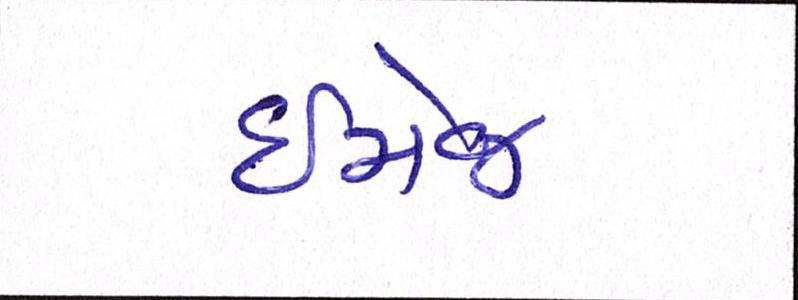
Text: ઇમેજ